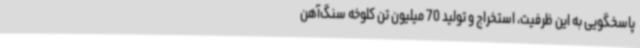
پاسخگویی به این ظرفیت، استخراج و تولید 70 میلیون تن کلوخه سنگ‌آهن